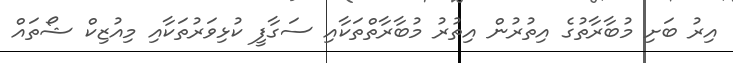
އިރު ބަށި މުބާރާތުގެ އިތުރުން އިތުރު މުބާރާތްތަކާއި ސަގާފީ ކުޅިވަރުތަކާއި މިއުޒިކް ޝޯތައް